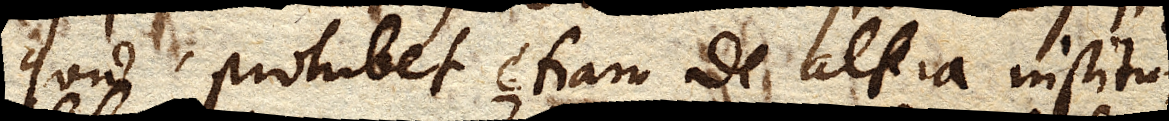
quod prohibet etiam de altera institui